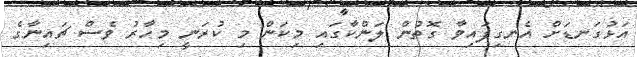
އަޅުގަނޑަށް އެނގިފައިވާ ގޮތުން ލަންކާގައި މިކަން މި ކުރަނީ މިހާރު ވެސް ޗައިނާގެ